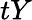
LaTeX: tY